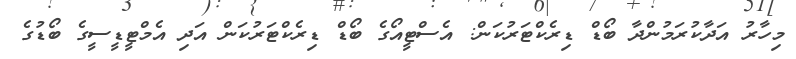
މިހާރު އަދާކުރަމުންދާ ބޯޑް ޑިރެކްޓަރުކަން: އެސްޓީއޯގެ ބޯޑް ޑިރެކްޓަރުކަން އަދި އެމްޓީޑީސީގެ ބޯޑުގެ